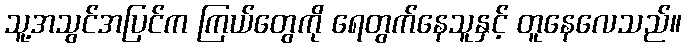
သူ့အသွင်အပြင်က ကြယ်တွေကို ရေတွက်နေသူနှင့် တူနေလေသည်။